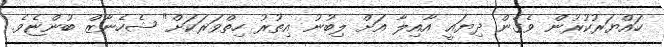
ހައްޔަރުކުރުން ވެގެން ދިޔައީ އާއިލާ އަށް ލިބުނު އިތުރު ހިތްވަރަކަށް" ޝެހެނާޒް ބުންޏެވެ.